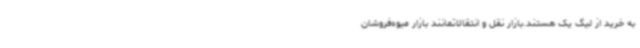
به خرید از لیگ یک هستند.بازار نقل و انتقالاتمانند بازار میوه‌فروشان